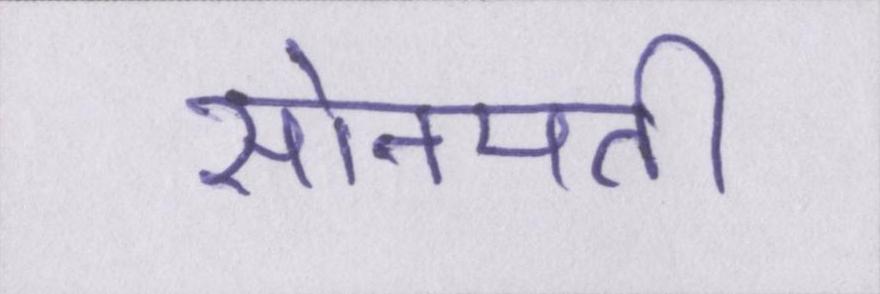
सोनपती